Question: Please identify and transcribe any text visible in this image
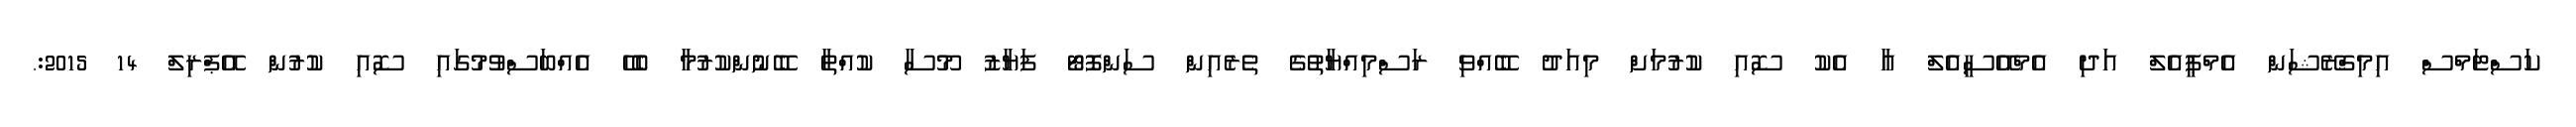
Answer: ކަސްޓަމްސް އިމިގްރޭޝަން އެމްޕީއެލް އަދި އެމްއޭސީއެލް އާ އެކު ސޮއި ކުރުމަށް މިއަދު ބޭއްވި ރަސްމިއްޔާތުގެ ތެރެއިން ސަންފޮޓޯ ފަޔާޒު މޫސާ ކުއްތާ ބޭނުންކުރުމާ ބެހޭ އެއްބަސްވުމުގައި ސޮއި ކުރުން އޭޕްރިލް 14 2015:.